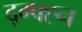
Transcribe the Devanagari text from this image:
द्ग्फ्ह्न